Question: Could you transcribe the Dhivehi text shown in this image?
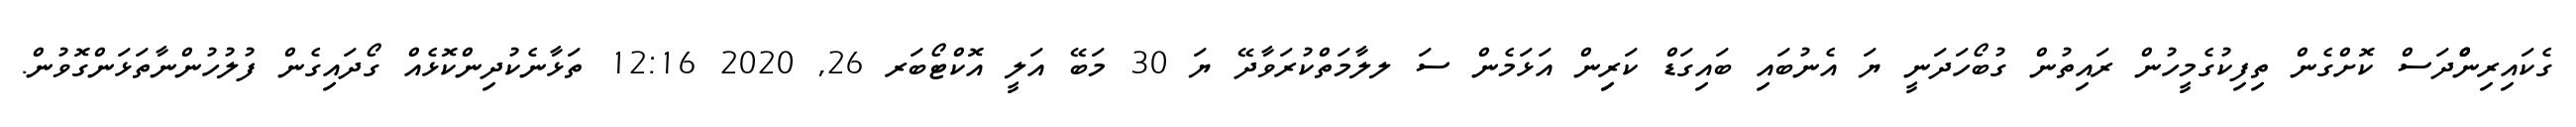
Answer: ގެކައިރިންްްދަސް ކޮށްގެން ތިފިކުގެމީހުން ރައިތުން ގުބޯހަދަނީ ޔަ އެނުބައި ބައިގަޑް ކަރިިން އަޅަމެން ސަ ލލާމަތްކުރަވާދޭ ޔަ 30 މަބޭ އަލީ އޮކްޓޯބަރ 26, 2020 12:16 ތަޅާނެކުދިންކޮޅެއް ގޯދައިގެން ފުލުހުންނާތަޅަންގޮވުން.